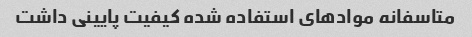
متاسفانه مواد‌های استفاده شده کیفیت پایینی داشت